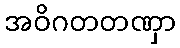
အဝိဂတတဏှာ